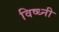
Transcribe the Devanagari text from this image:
विष्ध्नी